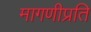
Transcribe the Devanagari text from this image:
मागणीप्रति